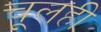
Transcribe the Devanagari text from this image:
चूलही